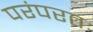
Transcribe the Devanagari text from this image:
परंपरतः